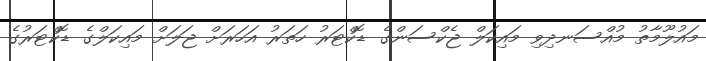
މައުލޫމާތު މުއްސަނދިވި މައިކަލް ޖެކްސަންގެ ޑޮކްޓަރު ހަތަރު އަހަރަށް ޖަލަށް މައިކަލްގެ ޑޮކްޓަރުގެ